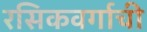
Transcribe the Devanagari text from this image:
रसिकवर्गाची